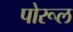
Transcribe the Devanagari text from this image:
पोरूल